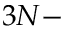
3 N -